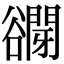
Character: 𧯋